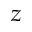
z